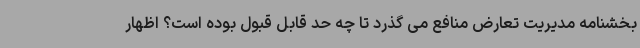
بخشنامه مدیریت تعارض منافع می گذرد تا چه حد قابل قبول بوده است؟ اظهار